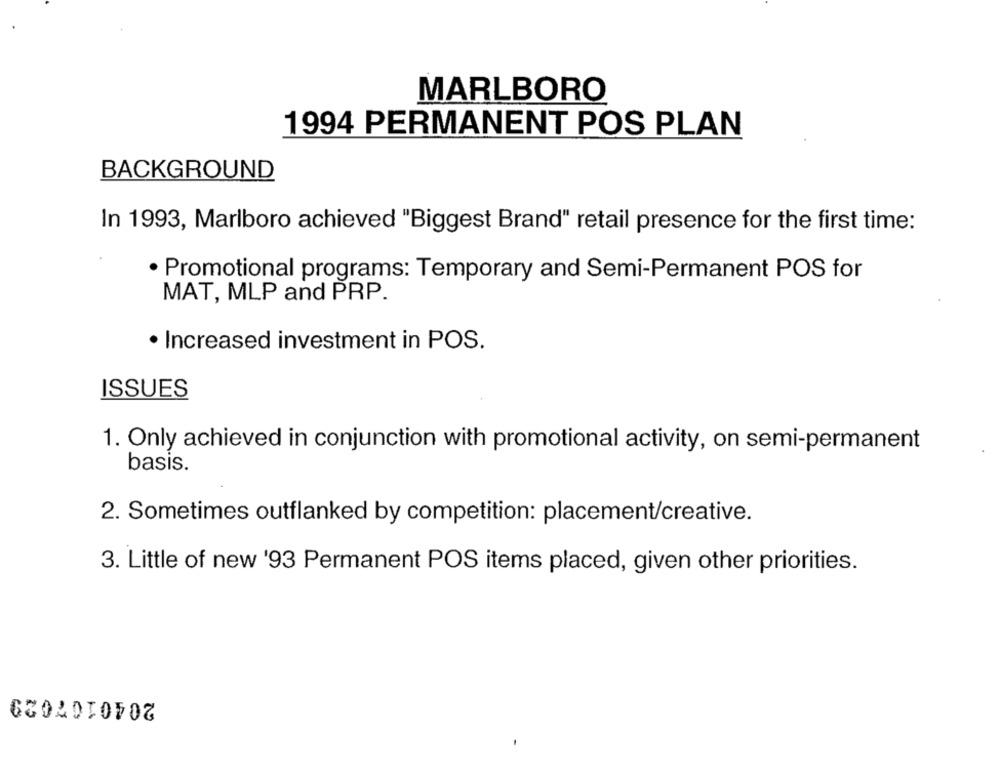
MARLBORO
1994 PERMANENT POS PLAN
BACKGROUND
In 1993, Marlboro achieved "Biggest Brand" retail presence for the first time:
· Promotional programs: Temporary and Semi-Permanent POS for
MAT, MLP and PRP.
· Increased investment in POS.
ISSUES
1. Only achieved in conjunction with promotional activity, on semi-permanent
basis.
2. Sometimes outflanked by competition: placement/creative.
3. Little of new '93 Permanent POS items placed, given other priorities.
2040107029